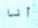
أنا